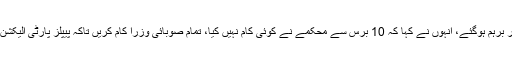
بلاول بھٹو محکمہ ٹرانسپورٹ کی ناقص کارکردگی پر برہم ہوگئے، انہوں نے کہا کہ 10 برس سے محکمے نے کوئی کام نہیں کیا، تمام صوبائی وزرا کام کریں تاکہ پیپلز پارٹی الیکشن سے قبل عوام سے کیے گئے وعدے پورے کرسکے۔